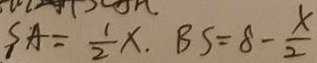
S A = \frac { 1 } { 2 } x . B S = 8 - \frac { x } { 2 }